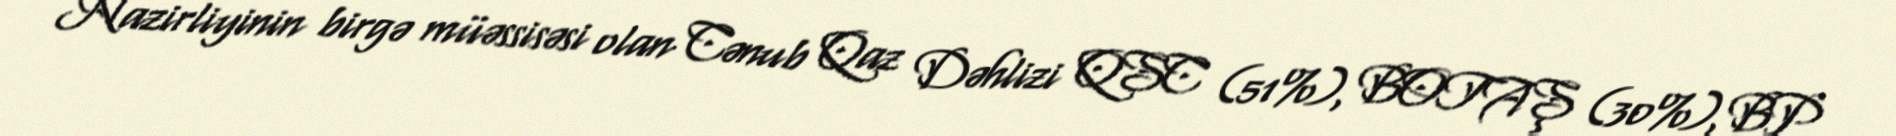
Nazirliyinin birgə müəssisəsi olan Cənub Qaz Dəhlizi QSC (51%), BOTAŞ (30%), BP